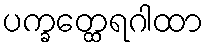
ပက္ခတ္ထေရဂါထာ